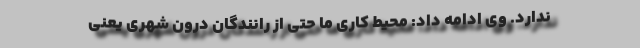
ندارد. وی ادامه داد: محیط کاری ما حتی از رانندگان درون شهری یعنی